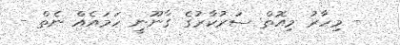
- މިހާރު މިއޮތް ސަރުކާރުގެ ގާނޫނީ ހަމައެއް ނެތް -